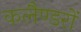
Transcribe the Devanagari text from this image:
कलैण्डरों